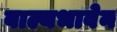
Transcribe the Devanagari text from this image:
बाल्यभावेन